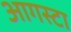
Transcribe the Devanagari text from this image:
आगस्टा